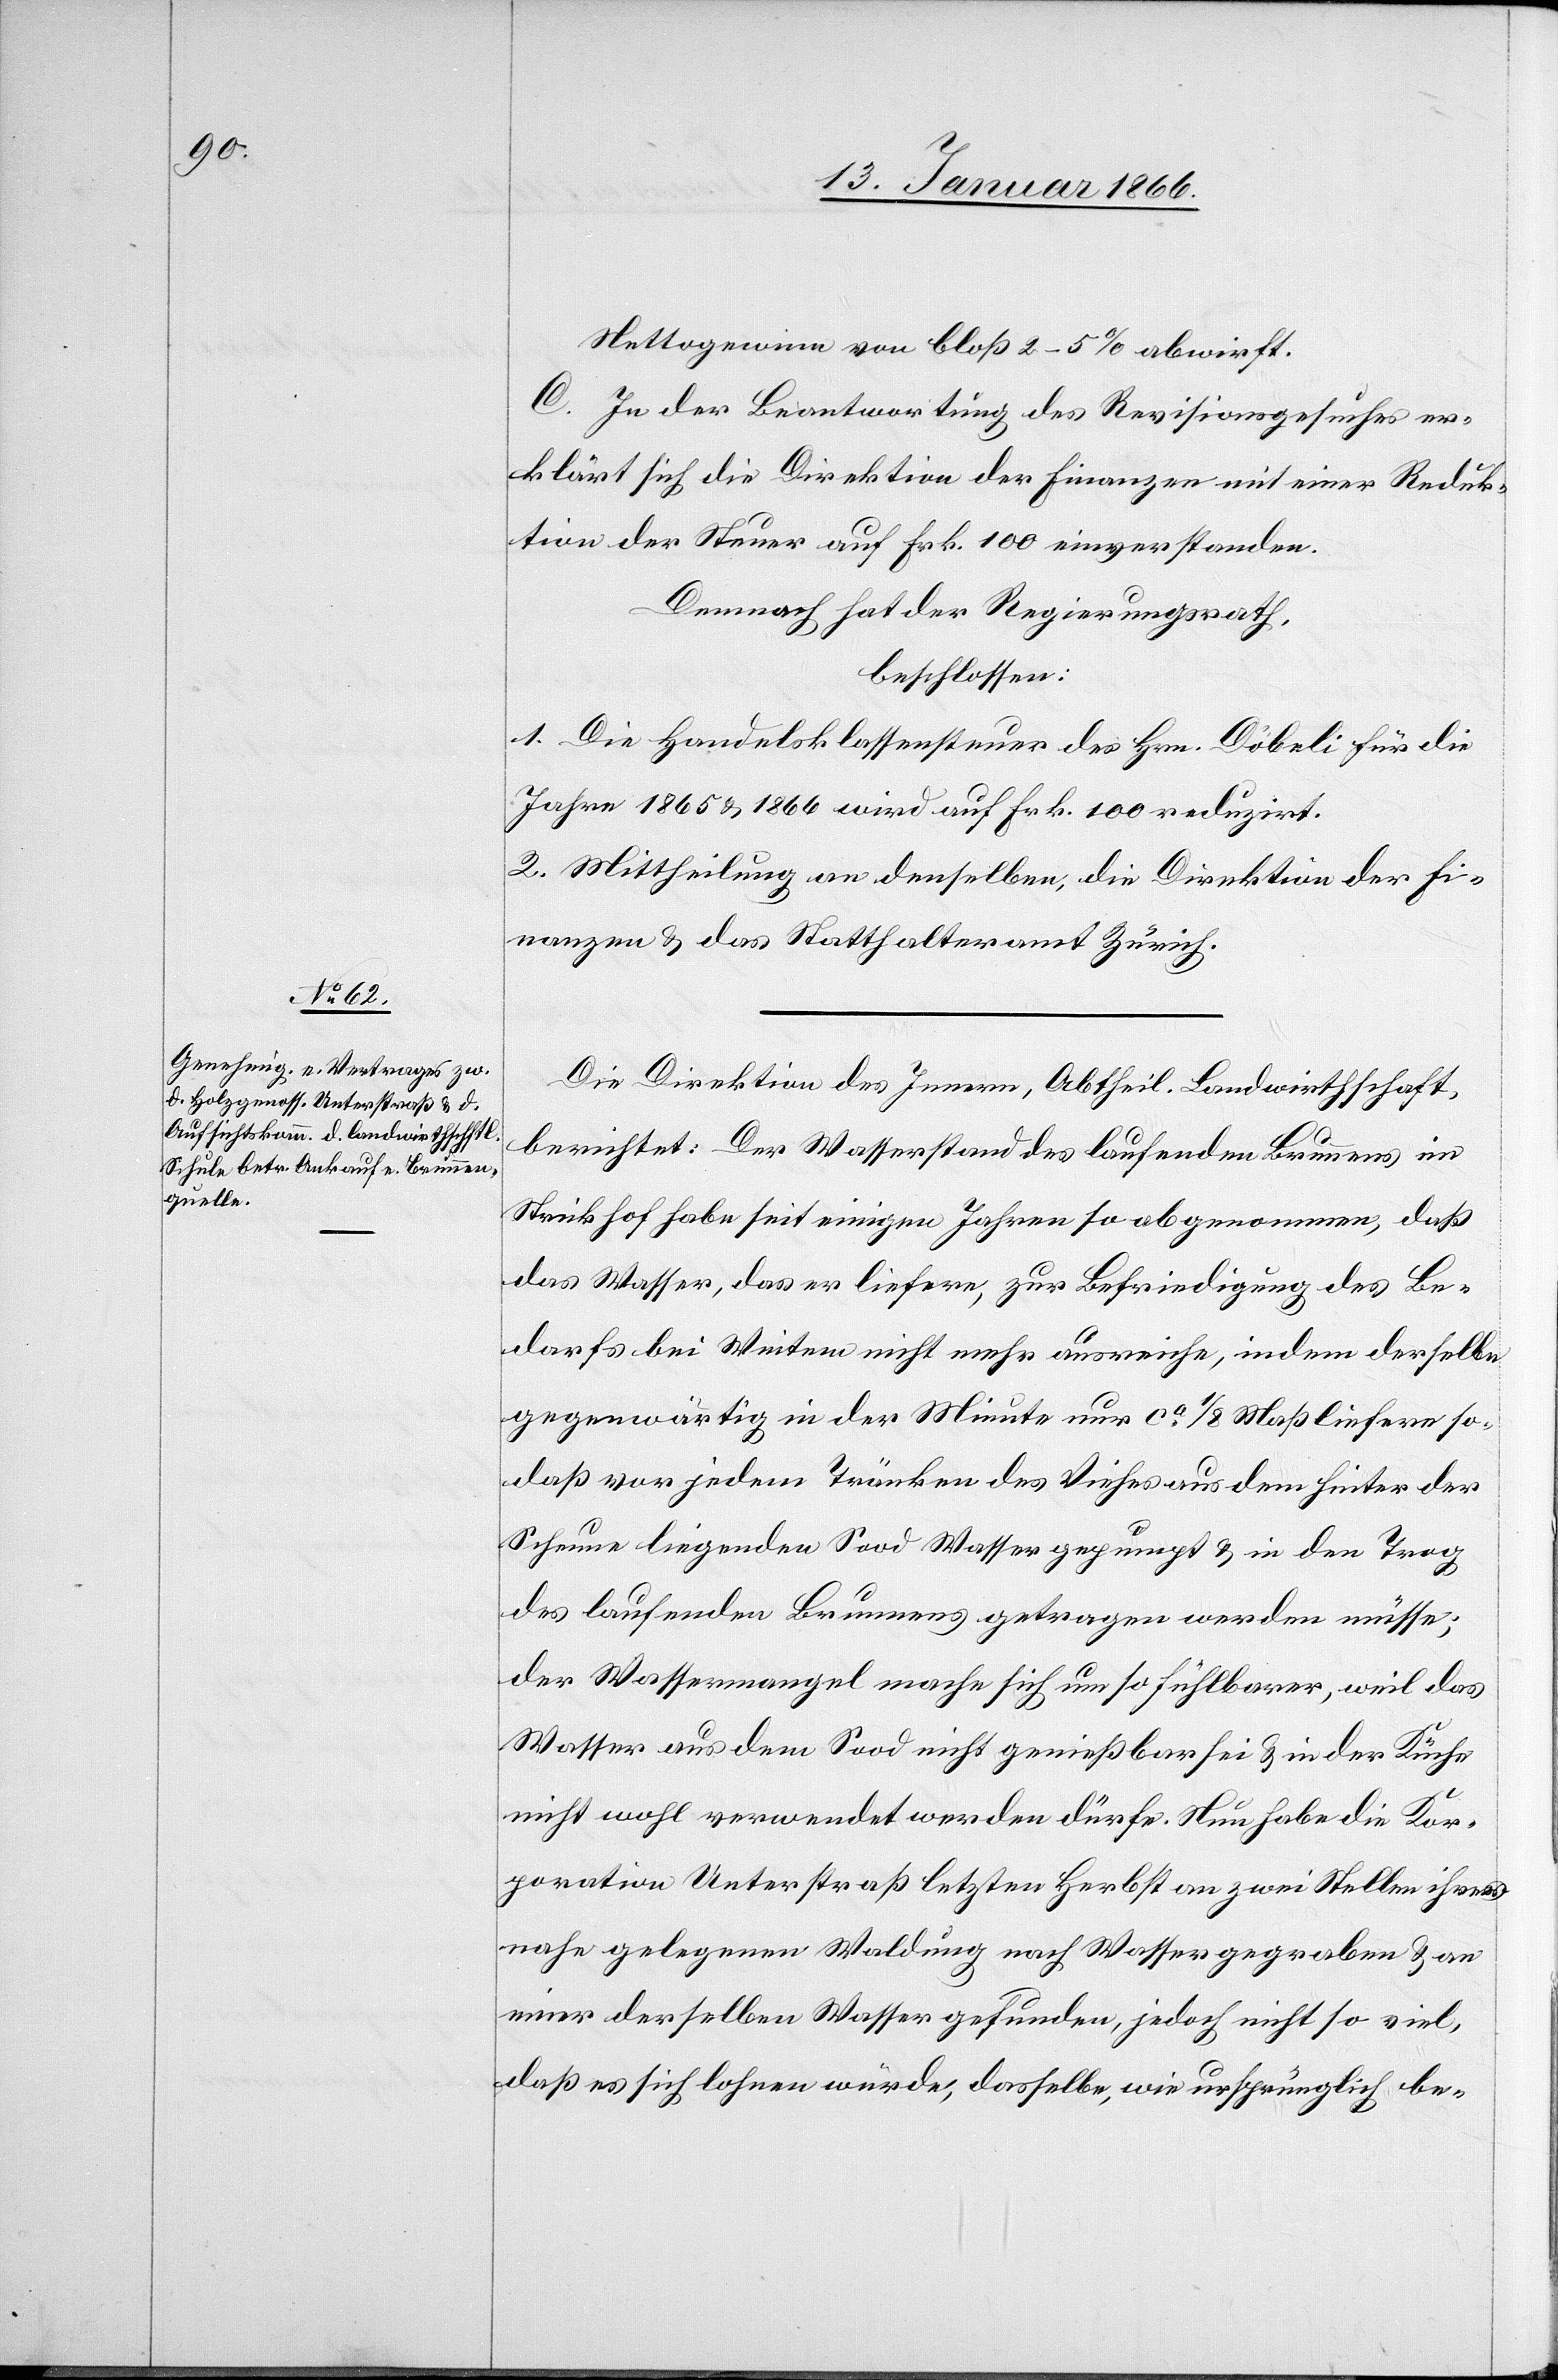
Nettogewinn von bloß 2–5% abwirft.
C. In der Beantwortung des Revisionsgesuchs er¬
klärt sich die Direktion der Finanzen mit einer Reduk¬
tion der Steuer auf Frk. 100 einverstanden.
Demnach hat der Regierungsrath,
beschlossen:
1. Die Handelsklassensteuer des Hrn. Döbeli für die
Jahre 1865 u. 1866 wird auf Frk. 100 reduzirt.
2. Mittheilung an denselben, die Direktion der Fi¬
nanzen u. das Statthalteramt Zürich.
Die Direktion des Innern, Abtheil. Landwirthschaft,
berichtet: Der Wasserstand des laufenden Brunnens im
Strickhof habe seit einen Jahren so abgenommen, daß
das Wasser, das er liefere, zur Befriedigung des Be¬
darfs bei Weitem nicht mehr ausreiche, indem derselbe
gegenwärtig in der Minute nur ca. ⅛ Maß liefere so¬
daß vor jedem Tränken des Viehes aus dem hinter der
Scheune liegenden Sood Wasser gepumpt u. in den Trog
des laufenden Brunnens getragen werden müsse;
der Wassermangel mache sich um so fühlbarer, weil das
Wasser aus dem Sood nicht genießbar sei u. in der Küche
nicht wohl verwendet werden dürfe. Nun habe die Kor¬
poration Unterstraß letzten Herbst an zwei Stellen ihrer
nahe gelegenen Waldung nach Wasser gegraben u. an
einer derselben Wasser gefunden, jedoch nicht so viel,
daß es sich lohnen würde, dasselbe, wie ursprünglich be-